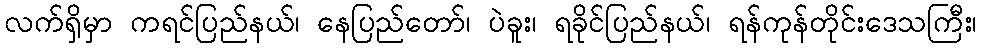
လက်ရှိမှာ ကရင်ပြည်နယ်၊ နေပြည်တော်၊ ပဲခူး၊ ရခိုင်ပြည်နယ်၊ ရန်ကုန်တိုင်းဒေသကြီး၊